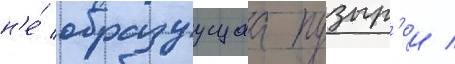
н'е́ образуущаа пузыр'еи /